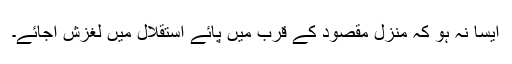
ایسا نہ ہو کہ منزل مقصود کے قرب میں پائے استقلال میں لغزش آجائے۔